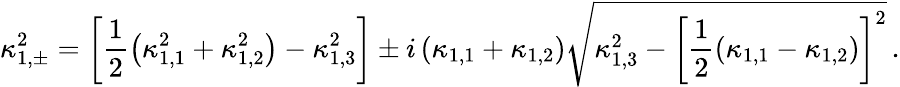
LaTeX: \kappa_{1,\pm}^{2}=\left[\frac{1}{2}\left(\kappa_{1,1}^{2}+\kappa_{1,2}^{2}\right)-\kappa_{1,3}^{2}\right]\pm i\left(\kappa_{1,1}+\kappa_{1,2}\right)\sqrt{\kappa_{1,3}^{2}-\left[\frac{1}{2}\left(\kappa_{1,1}-\kappa_{1,2}\right)\right]^{2}}\, .